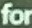
for